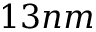
1 3 n m